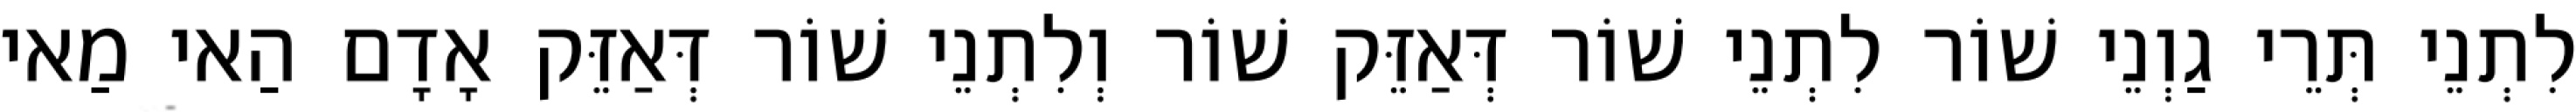
לִתְנֵי תְּרֵי גַוְנֵי שׁוֹר לִתְנֵי שׁוֹר דְּאַזֵּק שׁוֹר וְלִתְנֵי שׁוֹר דְּאַזֵּק אָדָם הַאי מַאי